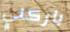
باركلي